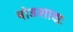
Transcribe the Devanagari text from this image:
षोडशाक्षः